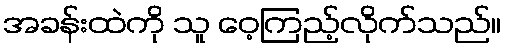
အခန်းထဲကို သူ ဝေ့ကြည့်လိုက်သည်။